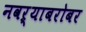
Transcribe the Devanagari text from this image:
नवऱ्याबरोबर